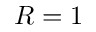
R = 1